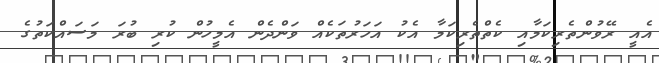
އެއީ ރޭވުންތެރިކަމާއި ކެތްތެރިކަމާ އެކު އަހަރުތަކެއް ވަންދެން އެމީހުން ކުރި ބުރަ މަސައްކަތުގެ